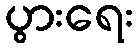
ပွားရေး